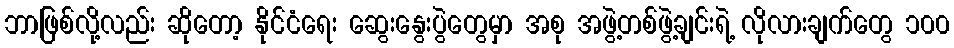
ဘာဖြစ်လို့လည်း ဆိုတော့ နိုင်ငံရေး ဆွေးနွေးပွဲတွေမှာ အစု အဖွဲ့တစ်ဖွဲ့ချင်းရဲ့ လိုလားချက်တွေ ၁၀၀